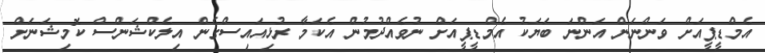
އެމްޑީޕީއަށް ވަންނަން އަންނަ ބަޔަކު އެމްޑީޕީއަށް ނުވެއްދުމުން އެކަމާ ރުޅިއައިސްގެން އިލެކްޝަންސް ކޮމިޝަނަށް